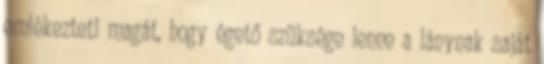
emlékezteti magát, hogy égető szüksége lenne a lánynak saját